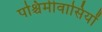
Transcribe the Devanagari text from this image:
पश्चिमीवासियों